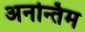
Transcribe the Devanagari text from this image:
अनन्तिम